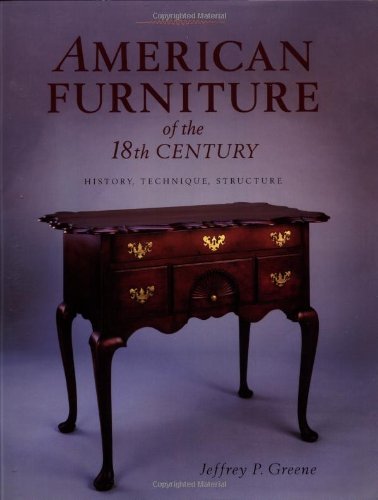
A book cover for American Furniture of the 18th Century: History, Technique & Structure; Jeffrey P. Greene; Humor & Entertainment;